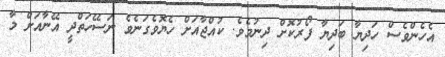
އެހެންވެސް ހަދިޔާ ބަދިޔާ ފޯރުކޮށް ދިނުމެވެ. ކުއްޖާއަށް ހެޔޮވެގަނެވެ ނަސޭހަތްދީ އޭނާއަށް މާ